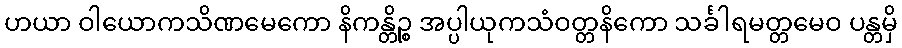
ဟယာ ဝါယောကသိဏမေကော နိကန္တိဉ္စ အပ္ပါယုကသံဝတ္တနိကော သင်္ခါရမတ္တမေဝ ပန္တမှိ